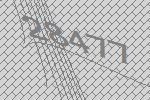
28477